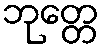
ဘုတ္တေ